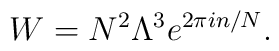
W = N^2 \Lambda^3  e^{2 \pi i n/ N}.